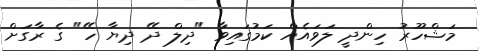
މަޝްހޫރު ހިންދީ ލަވައެއް ކަމުގައިވާ "ދިލް ދޭ ދިޔާ ހޭ" ގެ ރާގަށް